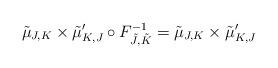
LaTeX: \begin{align*}\tilde{\mu}_{J,K} \times \tilde{\mu}_{K,J}' \circ F_{\tilde{J},\tilde{K}}^{-1} = \tilde{\mu}_{J,K} \times \tilde{\mu}_{K,J}'\end{align*}